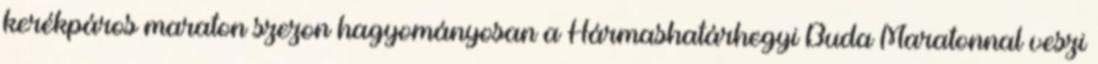
kerékpáros maraton szezon hagyományosan a Hármashatárhegyi Buda Maratonnal veszi